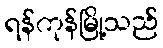
ရန်ကုန်မြို့သည်